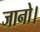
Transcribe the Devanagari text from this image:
जानो।